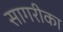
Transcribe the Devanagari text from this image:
सागरीका